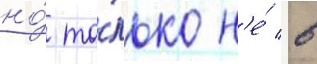
но́ то́лько н'е́ в